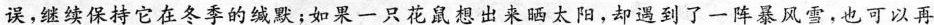
误，继续保持它在冬季的缄默；如果一只花鼠想出来晒太阳，却遇到了一阵暴风雪，也可以再